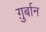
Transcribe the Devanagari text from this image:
ग़ुर्बान